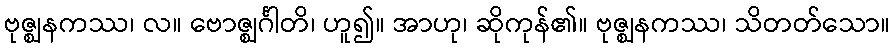
ဗုဇ္ဈနကဿ၊ လ။ ဗောဇ္ဈင်္ဂါတိ၊ ဟူ၍။ အာဟု၊ ဆိုကုန်၏။ ဗုဇ္ဈနကဿ၊ သိတတ်သော။